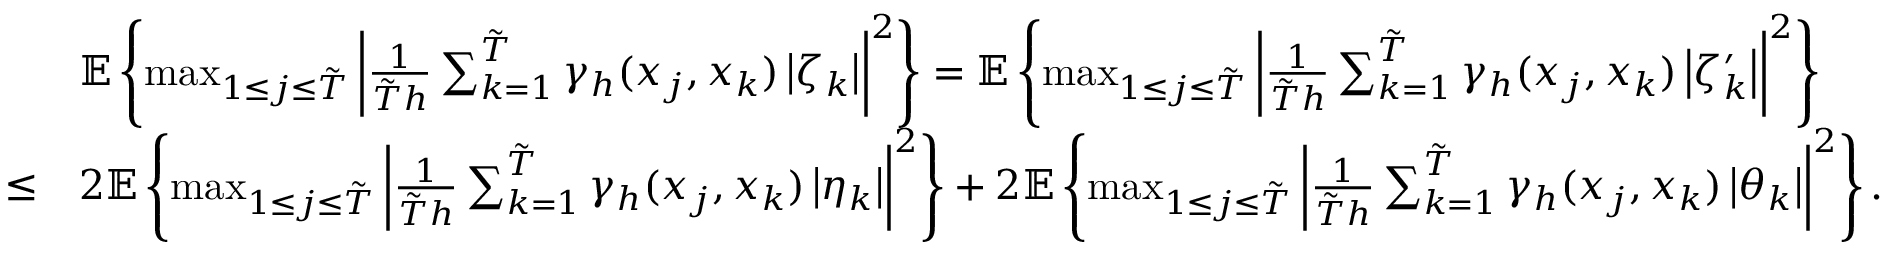
\begin{array} { r l } & { \mathbb { E } \left\{ \operatorname* { m a x } _ { 1 \leq j \leq \tilde { T } } \left| \frac { { 1 } } { \tilde { T } h } \sum _ { k = 1 } ^ { \tilde { T } } \gamma _ { h } ( x _ { j } , x _ { k } ) \left| \zeta _ { k } \right| \right| ^ { 2 } \right\} = \mathbb { E } \left\{ \operatorname* { m a x } _ { 1 \leq j \leq \tilde { T } } \left| \frac { { 1 } } { \tilde { T } h } \sum _ { k = 1 } ^ { \tilde { T } } \gamma _ { h } ( x _ { j } , x _ { k } ) \left| \zeta _ { k } ^ { \prime } \right| \right| ^ { 2 } \right\} } \\ { \leq } & { 2 \mathbb { E } \left\{ \operatorname* { m a x } _ { 1 \leq j \leq \tilde { T } } \left| \frac { { 1 } } { \tilde { T } h } \sum _ { k = 1 } ^ { \tilde { T } } \gamma _ { h } ( x _ { j } , x _ { k } ) \left| \eta _ { k } \right| \right| ^ { 2 } \right\} + 2 \mathbb { E } \left\{ \operatorname* { m a x } _ { 1 \leq j \leq \tilde { T } } \left| \frac { { 1 } } { \tilde { T } h } \sum _ { k = 1 } ^ { \tilde { T } } \gamma _ { h } ( x _ { j } , x _ { k } ) \left| \theta _ { k } \right| \right| ^ { 2 } \right\} . } \end{array}